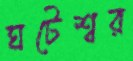
ঘটেশ্বর